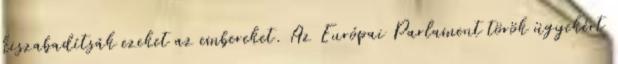
kiszabadítsák ezeket az embereket. Az Európai Parlament török ügyekért